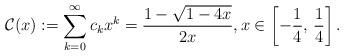
LaTeX: \begin{align*} \mathcal{C}(x) := \sum_{k=0}^{\infty}c_kx^k = \frac{1-\sqrt{1-4x}}{2x}, x\in \left[-\frac{1}{4}, \, \frac{1}{4}\right]. \end{align*}